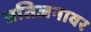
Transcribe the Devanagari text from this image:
प्रतिजनावर